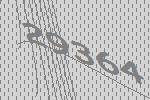
29364